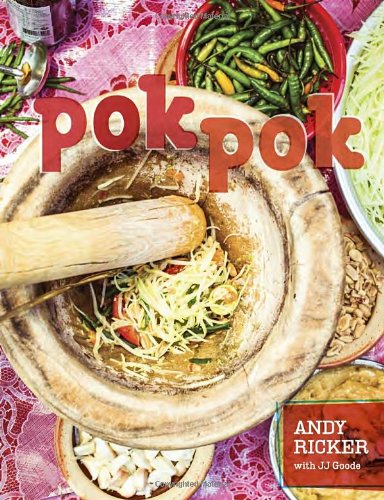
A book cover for Pok Pok: Food and Stories from the Streets, Homes, and Roadside Restaurants of Thailand; Andy Ricker; Cookbooks, Food & Wine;